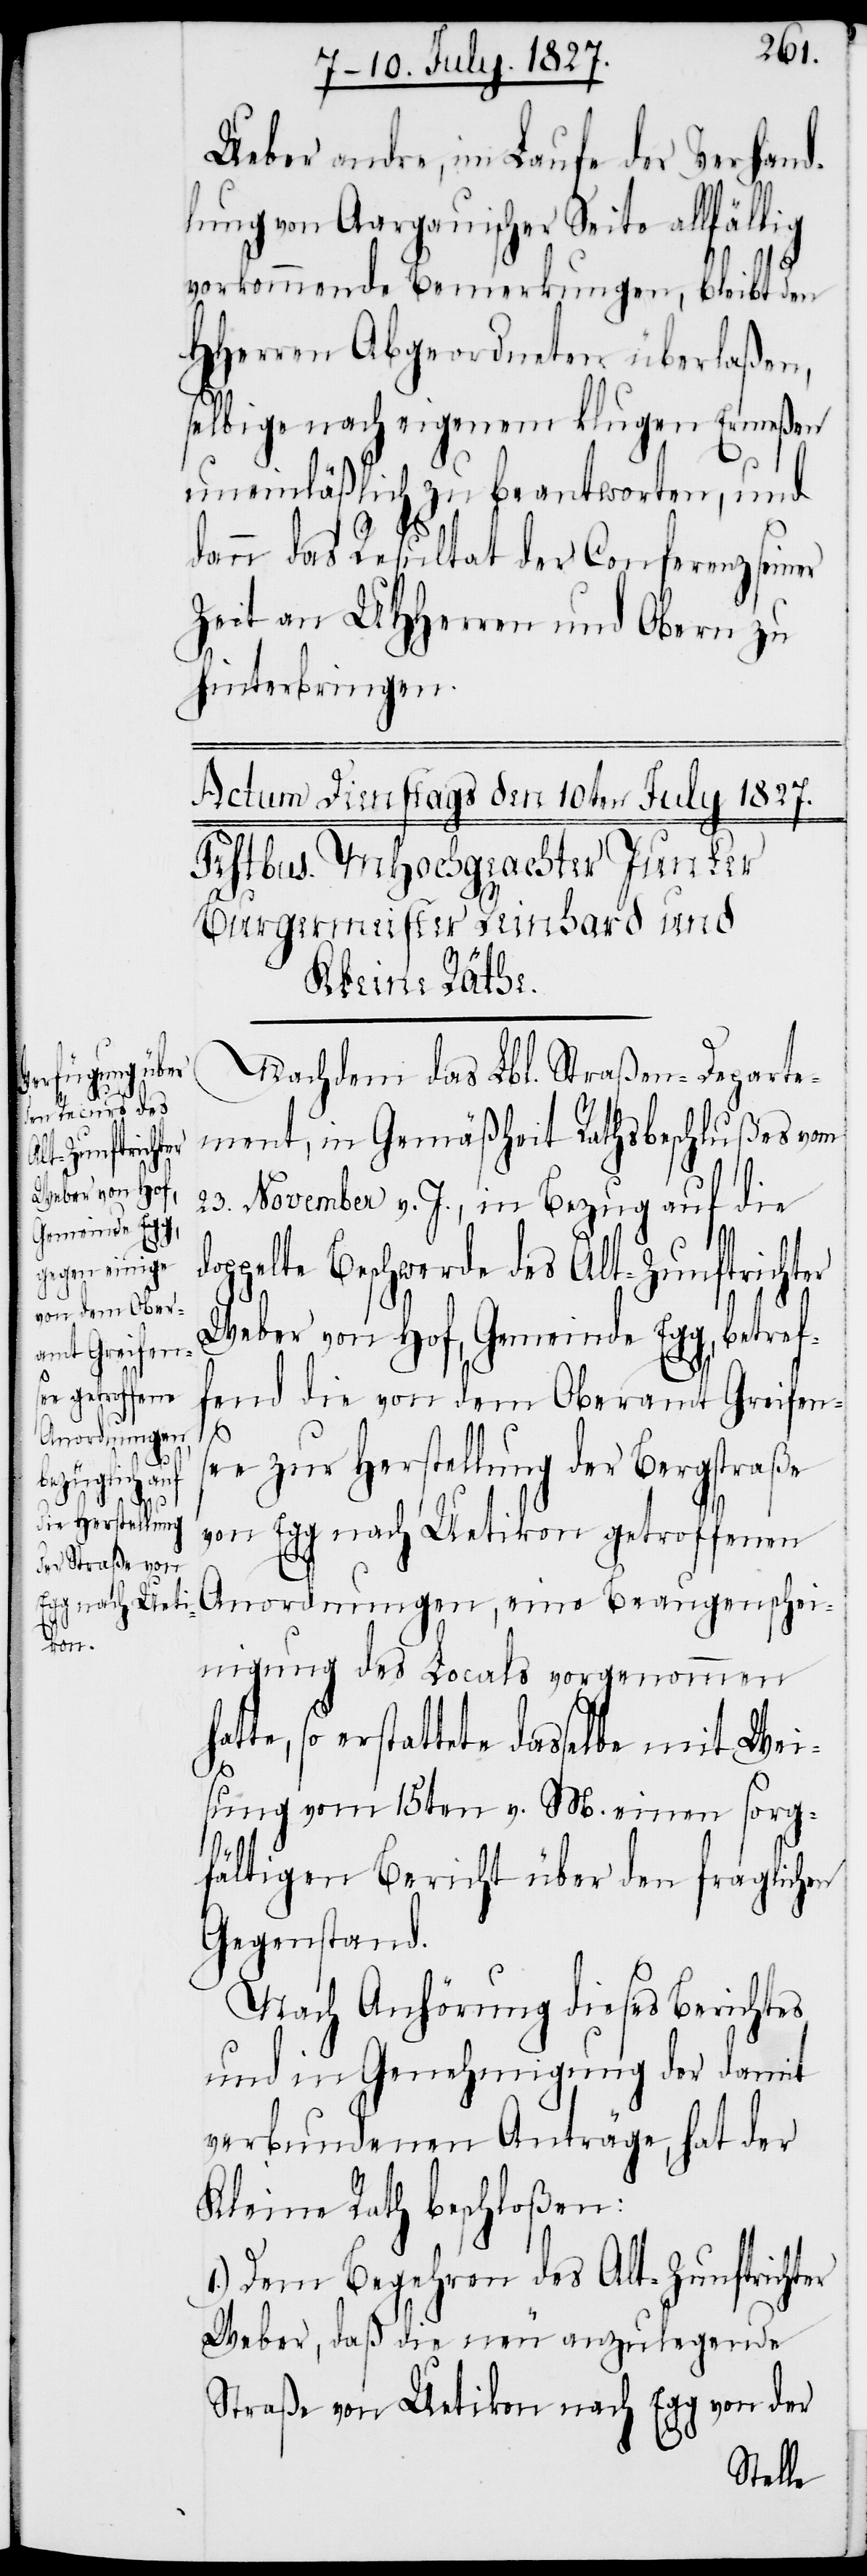
Ueber andre, im Laufe der Verhand¬
lung von Aargauischer Seite allfällig
vorkommende Bemerkungen, bleibt den
HHerren Abgeordneten überlaßen,
selbige nach eigenem klugen Ermeßen
uneinläßlich zu beantworten, und
dann das Resultat der Conferenz seiner
Zeit an UHHerren und Obern zu
hinterbringen.
Nachdem das Lbl. Straßen-Departe¬
ment, in Gemäßheit Rathsbeschlußes vom
23. November v. J., in Bezug auf die d¬
oppelte Beschwerde des Alt-Zunftrichter
Weber von Hof, Gemeinde Egg, betref¬
fend die von dem Oberamt Greifen¬
s¬
ee zur Herstellung der Bergstraße
von Egg nach Uetikon getroffenen
Anordnungen, eine Beaugenschei¬
nigung des Locals vorgenommen
so erstattete dasselbe mit Wei¬
sung vom 15ten v. M. einen sorg¬
fältigen Bericht über den fraglichen
Gegenstand.
Nach Anhörung dieses Berichtes
und in Genehmigung der damit
verbundenen Anträge, hat der
Kleine Rath beschloßen:
1.) Dem Begehren des Alt-Zunftrichter
Weber, daß die neu anzulegende
Straße von Uetikon nach Egg von der